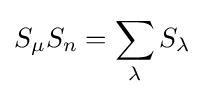
S_{\mu }S_{n}=\sum _{\lambda }S_{\lambda }